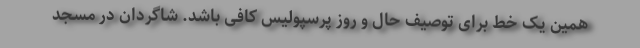
همین یک خط برای توصیف حال و روز پرسپولیس کافی باشد. شاگردان در مسجد